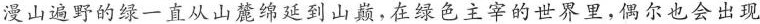
漫山遍野的绿一直从山麓锦延到山巅，在绿色主宰的世界里，偶尔也会出现